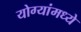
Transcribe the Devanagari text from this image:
योग्यांमध्ये